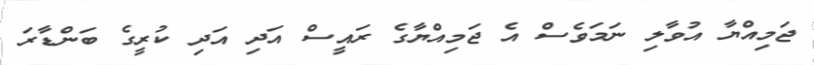
ޖަމިއްޔާ އުވާލި ނަމަވެސް އެ ޖަމިއްޔާގެ ރައީސް އަދި އަދި ކުރީގެ ބަންޑާރަ